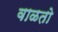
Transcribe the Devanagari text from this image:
वाळतो